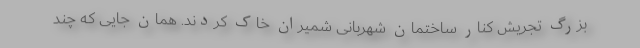
بزرگ تجریش کنار ساختمان شهربانی شمیران خاک کردند. همان جایی که چند